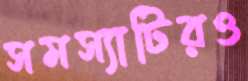
সমস্যাটিরও